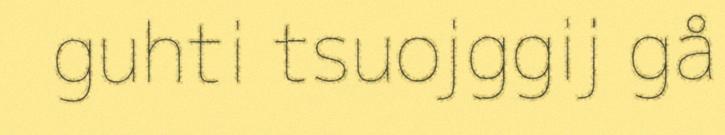
guhti tsuojggij gå